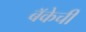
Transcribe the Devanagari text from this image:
बॅकेची